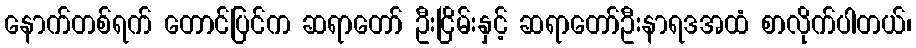
နောက်တစ်ရက် တောင်ပြင်က ဆရာတော် ဦးငြိမ်းနှင့် ဆရာတော်ဦးနာရဒအထံ စာလိုက်ပါတယ်၊